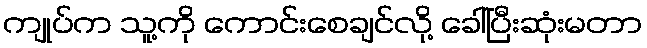
ကျုပ်က သူ့ကို ကောင်းစေချင်လို့ ခေါ်ပြီးဆုံးမတာ